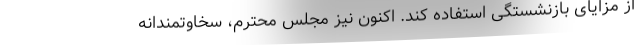
از مزایای بازنشستگی استفاده کند. اکنون نیز مجلس محترم، سخاوتمندانه